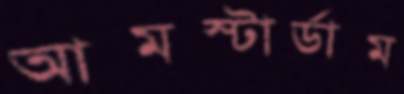
আমস্টার্ডাম